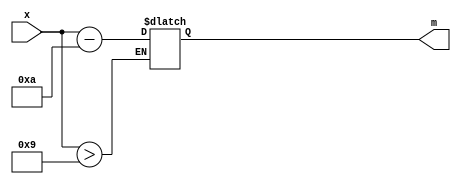
module circuit_a (
						input [3:0] x,
						output reg [3:0] m);

		always @(*)
		begin
		if(x[3:0] > 4'b1001)
			m = x - 4'd10;
		end
		
endmodule